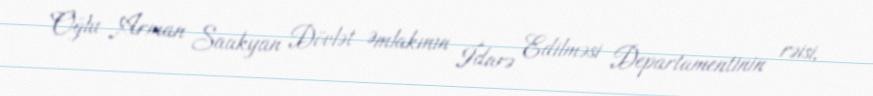
Oğlu Arman Saakyan Dövlət Əmlakının İdarə Edilməsi Departamentinin rəisi,